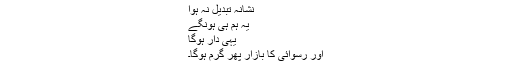
نشانہ تبدیل نہ ہوا
یہ ہم ہی ہونگے
یہی دار ہوگا
اور رسوائی کا بازار پھر گرم ہوگا۔